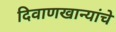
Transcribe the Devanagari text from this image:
दिवाणखान्यांचे